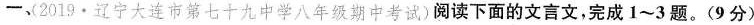
一、2019·辽宁大连市第七十九中学八年级期中考试)阅读下面的文言文，完成1~3题。(9分)